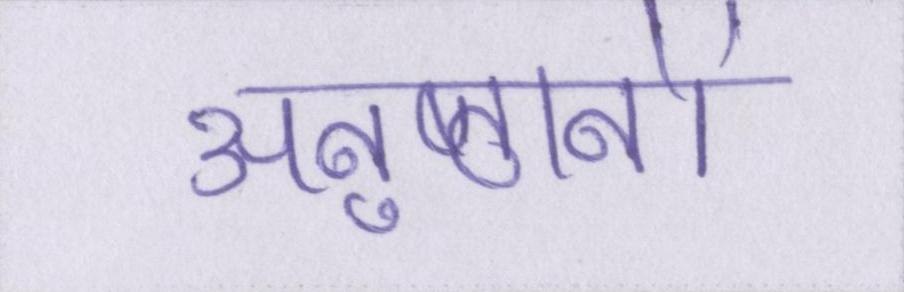
अनुष्ठानों